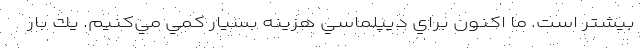
بيشتر است. ما اكنون براي ديپلماسي هزينه بسيار كمي مي‌كنيم. يك بار